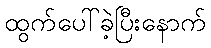
ထွက်ပေါ်ခဲ့ပြီးနောက်